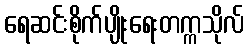
ရေဆင်းစိုက်ပျိုးရေးတက္ကသိုလ်